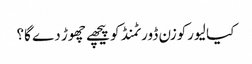
کیا لیورکوزن ڈورٹمنڈ کو پیچھے چھوڑ دے گا؟